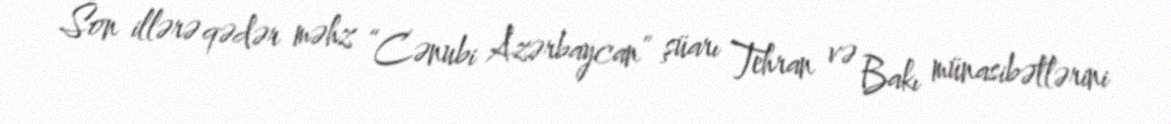
Son illərə qədər məhz “Cənubi Azərbaycan” şüarı Tehran və Bakı münasibətlərini